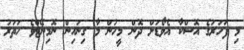
މި ފަހަރުގެ އޮސްކާ އެވޯޑަށް ދޮން މީހުން މާ ގިނައިން ނޮމިނޭޓްވެ ހަތަރު